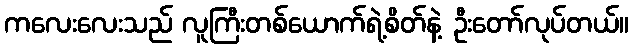
ကလေးလေးသည် လူကြီးတစ်ယောက်ရဲ့စိတ်နဲ့ ဦးတော်လုပ်တယ်။